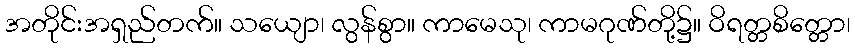
အတိုင်းအရှည်တက်။ သယျော၊ လွန်စွာ။ ကာမေသု၊ ကာမဂုဏ်တို့၌။ ဝိရတ္တစိတ္တော၊